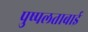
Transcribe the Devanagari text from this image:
पुष्पलताबाई